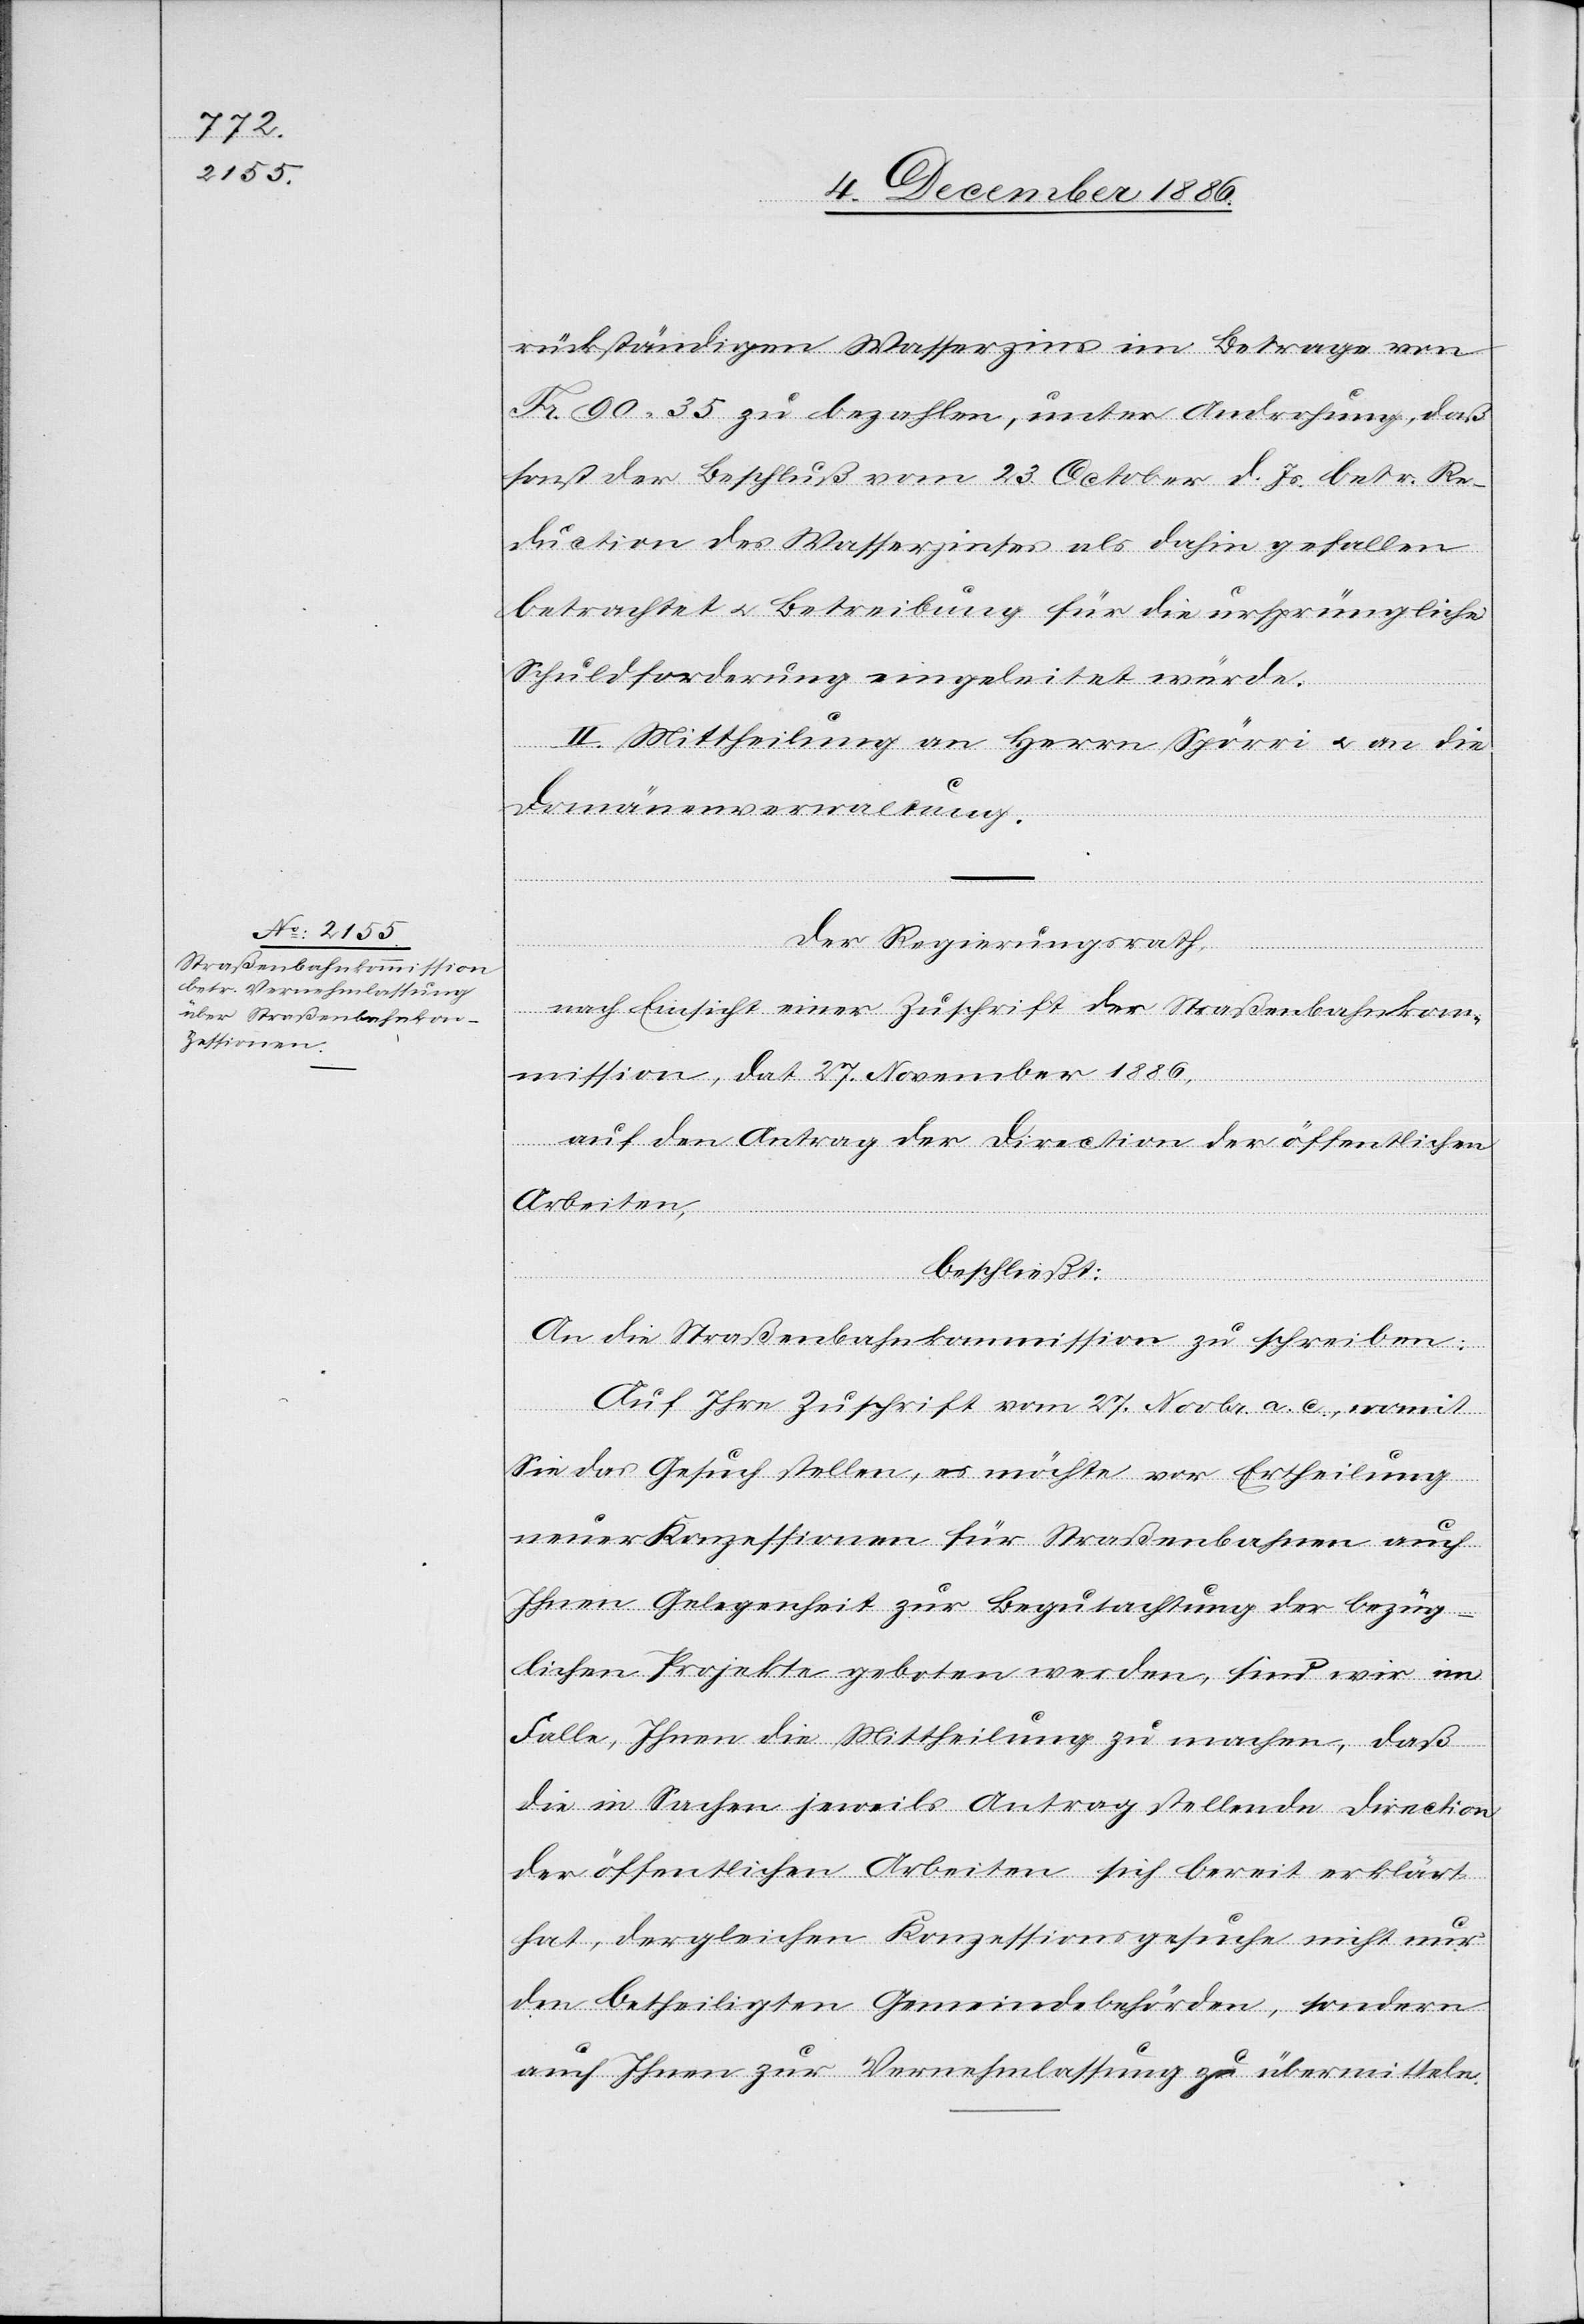
rückständigen Wasserzins im Betrage von
Fr. 90 35 zu bezahlen, unter Androhung, daß
sonst der Beschluß vom 23. October d. Js. betr. Re¬
duction des Wasserzinses als dahin gefallen
betrachtet & Betreibung für die ursprüngliche
Schuldforderung eingeleitet würde.
II. Mittheilung an Herrn Spörri & an die
Domänenverwaltung.
Der Regierungsrath,
nach Einsicht einer Zuschrift der Straßenbahnkom¬
mission, dat. 27. November 1886,
auf den Antrag der Direction der öffentlichen
Arbeiten,
beschließt:
An die Straßenbahnkommission zu schreiben:
Auf Ihre Zuschrift vom 27. Novbr. a. c., womit
Sie das Gesuch stellen, es möchte vor Ertheilung
neuer Konzessionen für Straßenbahnen auch
Ihnen Gelegenheit zur Begutachtung der bezüg¬
lichen Projekte geboten werden, sind wir im
Falle, Ihnen die Mittheilung zu machen, daß
die in Sachen jeweils Antrag stellende Direction
der öffentlichen Arbeiten sich bereit erklärt
hat, dergleichen Konzessionsgesuche nicht nur
den betheiligten Gemeindebehörden, sondern
auch Ihnen zur Vernehmlassung zu übermitteln.